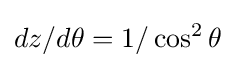
dz/d\theta =1/\cos ^{2}\theta